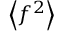
\left\langle f ^ { 2 } \right\rangle